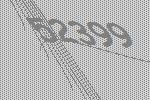
52399